Vaccination in Bombay 1869-1873 - 1869-1873
Year: 1869
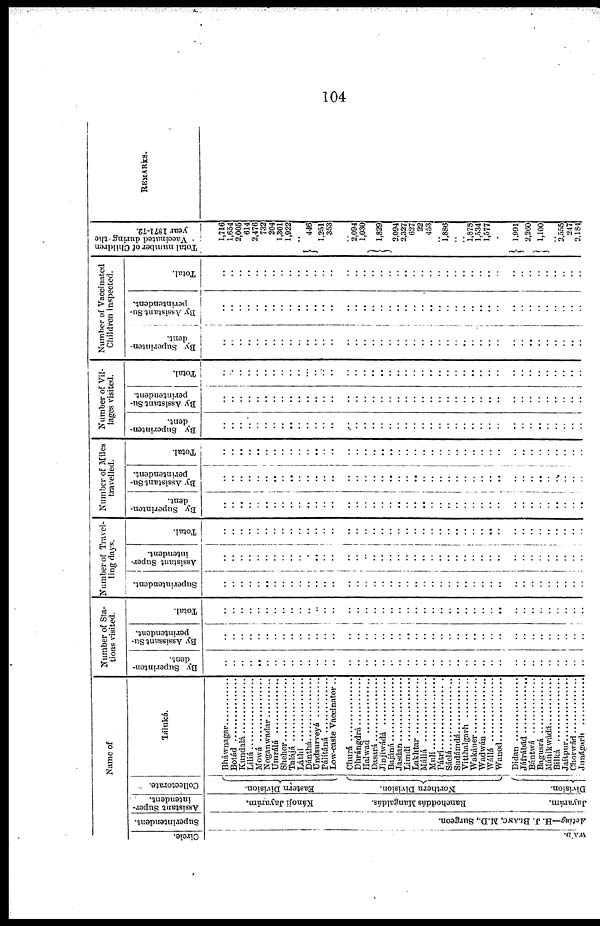
104
Name of
Circle.
WA'D.
Superintendent.
Acting—H. J. BLANC, M.D., Surgeon.
Assistant Super-
intendent.
Kánojí Jayarám.
Ranchoddás Mangaldás.
Juyarám.
Collectorate.
Eastern Division.
Northern Division.
Division.
Táluká.
Bháwnagar ..............
Botád ....................
Kundalá ................
Líliá ..............
Mowá ..............
NoganwadarNoganwadar ..........
Umrálá ..................
Shehor ....................
Talájá
..................
Láthí
..................
Dánthá ....................
Undsurveyá ............
Pálitáná ................
Low-caste Vaccinator..
Churá
................
Dhrángdrá ..............
Halwad ................
Dasará ................
Jinjiwádá..............
Bajáná ..................
Jasdan ................
Limdí ............
Lakhtar ................
Máliá
................
Mulí ................
Pátrí..................
Sáelá ................
Sudámdá ..............
Vitthalgarh ................
Wakáner..............
Wadwán ..............
Wállá ................
Wanod..........
Didan ............
Jáfrábád..............
Bántwá ............
Bagusrá
................
Mánikwádá ..............
Bilká
..............
Jaítpur ..............
Chorwád ............
Junágarh
............
Number of Sta-
tions visited.
By Superinten¬
dent.
..
..
..
..
..
..
..
..
..
..
..
..
..
..
..
..
..
..
..
..
..
..
..
..
..
..
..
..
..
..
..
..
..
..
..
..
..
..
..
..
..
..
By Assissant Su-
perintendent.
..
..
..
..
..
..
..
..
..
..
..
..
..
..
..
..
..
..
..
..
..
..
..
..
..
..
..
..
..
..
..
..
..
..
..
..
..
..
..
..
..
..
Total.
..
..
..
..
..
..
..
..
..
..
..
..
..
..
..
..
..
..
..
..
..
..
..
..
..
..
..
..
..
..
..
..
..
..
..
..
..
..
..
..
..
..
Number of Travel-
ling days.
Superintendent.
..
..
..
..
..
..
..
..
..
..
..
..
..
..
..
..
..
..
..
..
..
..
..
..
..
..
..
..
..
..
..
..
..
..
..
..
..
..
..
..
..
..
Assistant Super-
intendent.
..
..
..
..
..
..
..
..
..
..
..
..
..
..
..
..
..
..
..
..
..
..
..
..
..
..
..
..
..
..
..
..
..
..
..
.. ..
..
..
..
..
..
Total.
..
..
..
..
..
..
..
..
..
..
..
..
..
..
..
..
..
..
..
..
..
..
..
..
..
..
..
..
..
..
..
..
..
..
..
..
..
..
..
..
..
..
Number of Miles
travelled.
By Superinten-
dent.
..
..
..
..
..
..
..
..
..
..
..
..
..
..
..
..
..
..
..
..
..
..
..
..
.. ..
..
..
..
..
..
..
..
..
..
..
..
..
..
..
..
..
By Assistant Su-
perintendent.
..
..
..
..
..
..
..
..
..
..
..
.. ..
..
..
..
..
..
..
..
..
..
..
..
..
..
..
..
..
..
..
..
..
..
..
..
..
..
..
..
..
..
Total.
..
..
..
..
..
..
..
..
..
..
..
..
..
..
..
..
..
..
..
..
..
..
..
..
..
..
..
..
..
..
..
..
..
..
..
..
..
.. ..
..
..
..
Number of Vil-
lages visited.
By Superinten-
dent.
..
..
..
..
..
..
..
..
..
..
..
..
..
..
..
..
..
..
..
..
..
..
..
..
..
..
..
..
..
..
..
..
..
..
..
..
..
..
..
..
..
..
By Assistant Su-
perintendent.
..
..
..
..
..
..
..
..
..
..
..
..
..
..
..
..
..
..
..
..
..
..
..
..
..
..
..
..
..
..
..
..
..
..
..
..
..
..
..
..
..
..
Total.
..
..
..
..
..
..
..
..
..
..
..
..
..
..
..
..
..
..
..
..
..
..
..
..
..
..
..
..
..
..
..
..
..
..
..
..
..
..
.. ..
..
..
Number of Vaccinated
Children inspected.
By Superinten-
dent.
..
..
..
..
..
..
..
..
..
..
..
..
..
..
..
..
..
..
..
..
..
..
..
..
..
..
..
..
..
..
..
..
..
..
..
.. ..
..
..
..
..
..
By Assistant Su-
perintendent.
..
..
..
..
..
..
..
..
..
..
..
..
..
..
..
.. ..
..
..
..
..
..
..
..
..
..
..
..
..
..
..
..
..
..
..
..
..
..
..
..
..
..
Total.
..
..
..
..
..
..
..
..
..
..
..
..
..
..
..
..
..
..
..
..
..
..
..
..
..
..
..
..
..
..
..
..
..
..
..
..
..
..
..
..
..
..
Total number of Children
Vaccinated during - the
year 1871-72.
1,716
1,654
2,005
614
2,476
732
204
1,301
1,922
..
446
1,251
353
..
2,094
1,030
1,829
2,094
2,327
627
22
453
..
1,886
..
..
1,878
1,534
1,577
..
1,991
2,260
1,100
..
2,555
247
2,184
REMARKS.